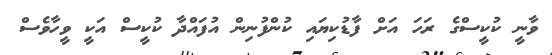
ވާނީ ކުކީސްގެ ރަހަ އަށް ފާޑުކިޔައި ކުންފުނިން އުފައްދާ ކުކީސް އަކީ ވީހާވެސް